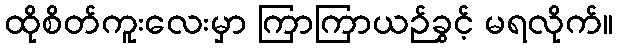
ထိုစိတ်ကူးလေးမှာ ကြာကြာယဉ်ခွင့် မရလိုက်။